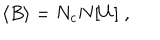
LaTeX: \langle B \rangle = N _ { c } N [ U ] \; ,